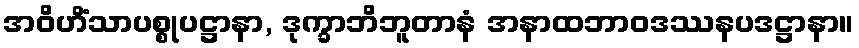
အဝိဟိံသာပစ္စုပဋ္ဌာနာ, ဒုက္ခာဘိဘူတာနံ အနာထဘာဝဒဿနပဒဋ္ဌာနာ။